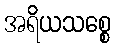
အရိယသစ္စေ